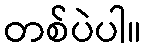
တစ်ပဲပါ။